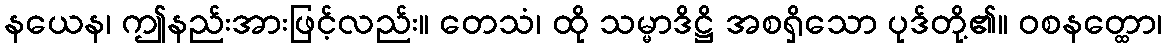
နယေန၊ ဤနည်းအားဖြင့်လည်း။ တေသံ၊ ထို သမ္မာဒိဋ္ဌိ အစရှိသော ပုဒ်တို့၏။ ဝစနတ္ထော၊